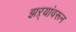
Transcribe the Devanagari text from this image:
झऱ्यांवरून